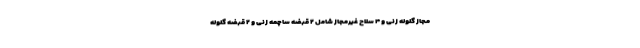
مجاز گلوله زنی و ۴ سلاح غیرمجاز شامل ۲ قبضه ساچمه زنی و ۲ قبضه گلوله